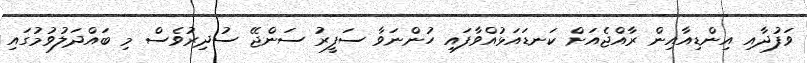
ވަފުދާއި އިންޑިއާއިން ރާއްޖެއަށް ކަނޑައަޅުއްވާފައި ހުންނަވާ ސަފީރު ސަންޖޭ ސުދިރުވެސް މި ބައްދަލުވުމުގައި